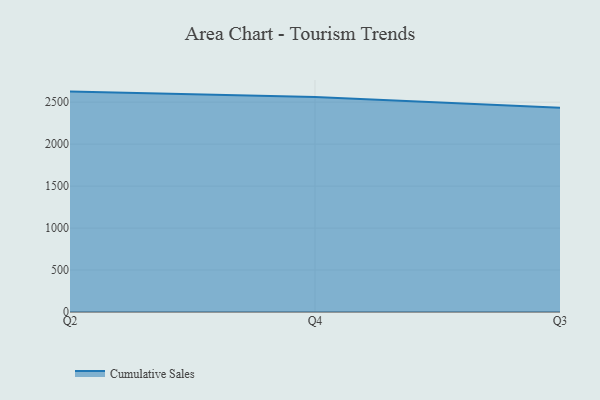
{"axis": {"x": "Quarter", "y": "Shipments"}, "legend": ["Cumulative Sales"], "data": [{"x": "Q2", "y": 2626.2, "type": "Cumulative Sales"}, {"x": "Q4", "y": 2560.8, "type": "Cumulative Sales"}, {"x": "Q3", "y": 2434.8, "type": "Cumulative Sales"}]}